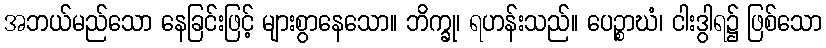
အဘယ်မည်သော နေခြင်းဖြင့် များစွာနေသော။ ဘိက္ခု၊ ရဟန်းသည်။ ပေဉ္စာဃံ၊ ငါးဒွါရ၌ ဖြစ်သော